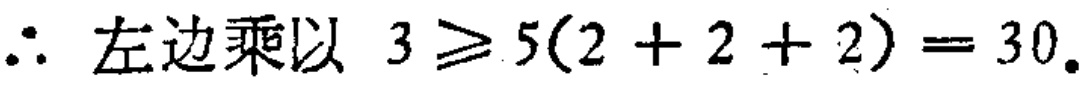
\(\therefore \text{左边乘以 } 3\geqslant 5(2 + 2 + 2)=30.\)